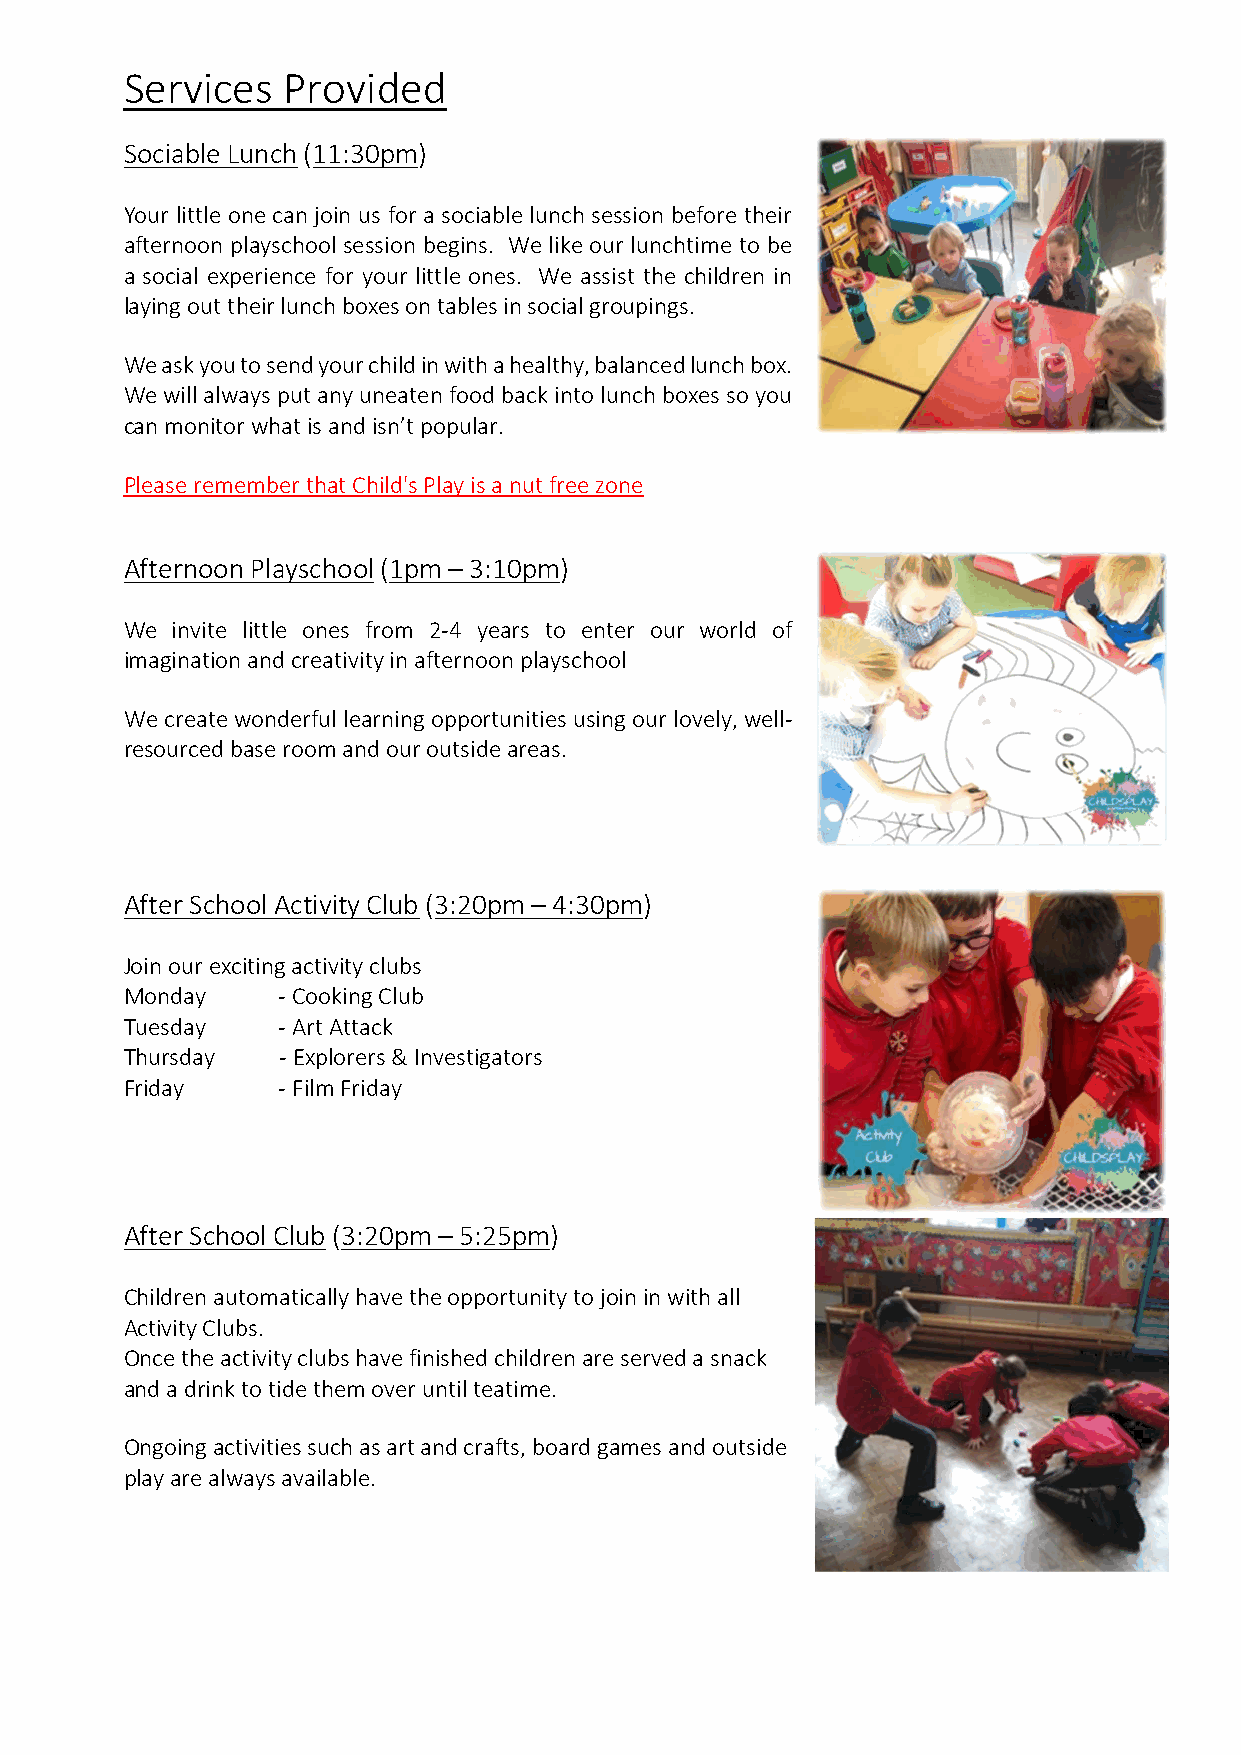
Services   Provided
 Sociable Lunch (11:30pm)
 Your little one can join us for a sociable lunch session before their
 afternoon playschool session begins. We like our lunchtime to be
 a social experience for your little ones. We assist the children in
 laying out their lunch boxes on tables in social groupings.
 We ask you to send your child in with a healthy, balanced lunch box.
 We will always put any uneaten food back into lunch boxes so you
 can monitor what is and isn’t popular.
 Please remember that Child's Play is a nut free zone
 Afternoon Playschool (1pm – 3:10pm)
 We invite little ones from 2-4 years to enter our world of
 imagination and creativity in afternoon playschool
 We create wonderful learning opportunities using our lovely, well-
 resourced base room and our outside areas.
 After School Activity Club (3:20pm – 4:30pm)
 Join our exciting activity clubs
 Monday    - Cooking Club
 Tuesday   - Art Attack
 Thursday  - Explorers & Investigators
 Friday    - Film Friday
 After School Club (3:20pm – 5:25pm)
 Children automatically have the opportunity to join in with all
 Activity Clubs.
 Once the activity clubs have finished children are served a snack
 and a drink to tide them over until teatime.
 Ongoing activities such as art and crafts, board games and outside
 play are always available.